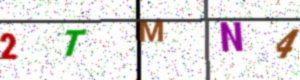
Text: 2TMN4